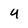
Character: y